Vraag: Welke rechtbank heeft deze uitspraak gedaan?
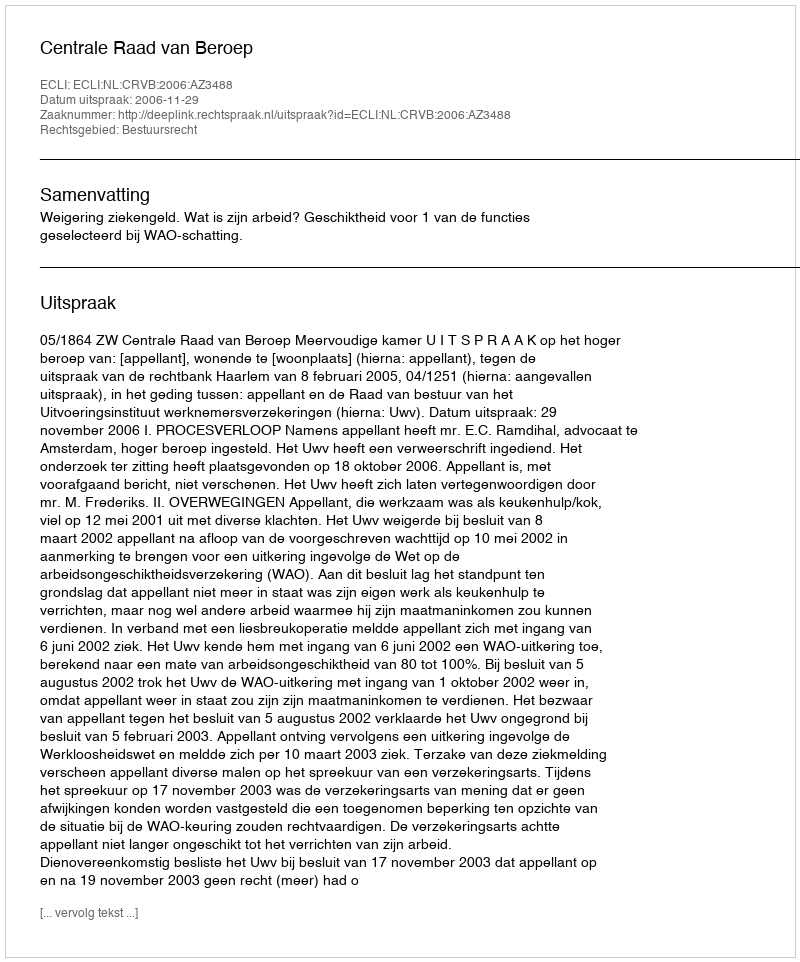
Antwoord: Centrale Raad van Beroep